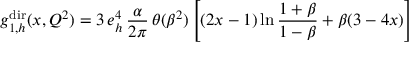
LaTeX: g _ { 1 , h } ^ { \mathrm { d i r } } ( x , Q ^ { 2 } ) = 3 \, e _ { h } ^ { 4 } \, \frac { \alpha } { 2 \pi } \, \theta ( \beta ^ { 2 } ) \left[ ( 2 x - 1 ) \ln \frac { 1 + \beta } { 1 - \beta } + \beta ( 3 - 4 x ) \right]